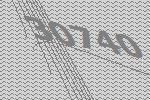
30740